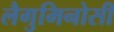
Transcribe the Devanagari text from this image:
लैगुमिनोसी